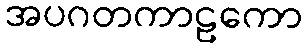
အပဂတကာဠကော